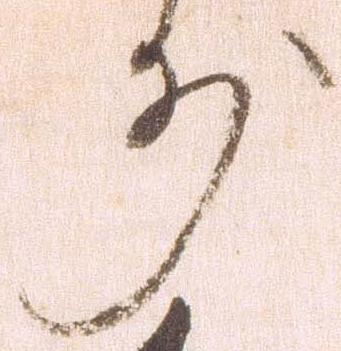
前